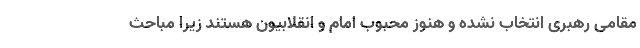
مقامی رهبری انتخاب نشده و هنوز محبوب امام و انقلابیون هستند زیرا مباحث